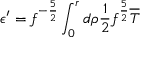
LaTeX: \epsilon ^ { \prime } = f ^ { - \frac { 5 } { 2 } } \int _ { 0 } ^ { r } d \rho \frac { 1 } { 2 } f ^ { \frac { 5 } { 2 } } \overline { { { T } } }